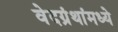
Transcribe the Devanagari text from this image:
वेदग्रंथांमध्ये